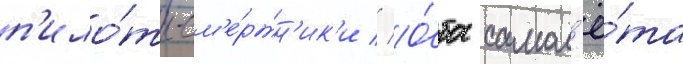
п'ило́ты-см'е́ртн'ик'и // О́ба самол'ё́та